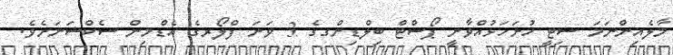
މާލެއިންނަމަ ސިޓީ ހުށަހަޅުއްވާނީ ޕޯސްޓް ބިލްޑިންގގެ 3 ވަނަ ފްލޯރގެ އެޑްމިން ސެކްޝަނަށެވެ.